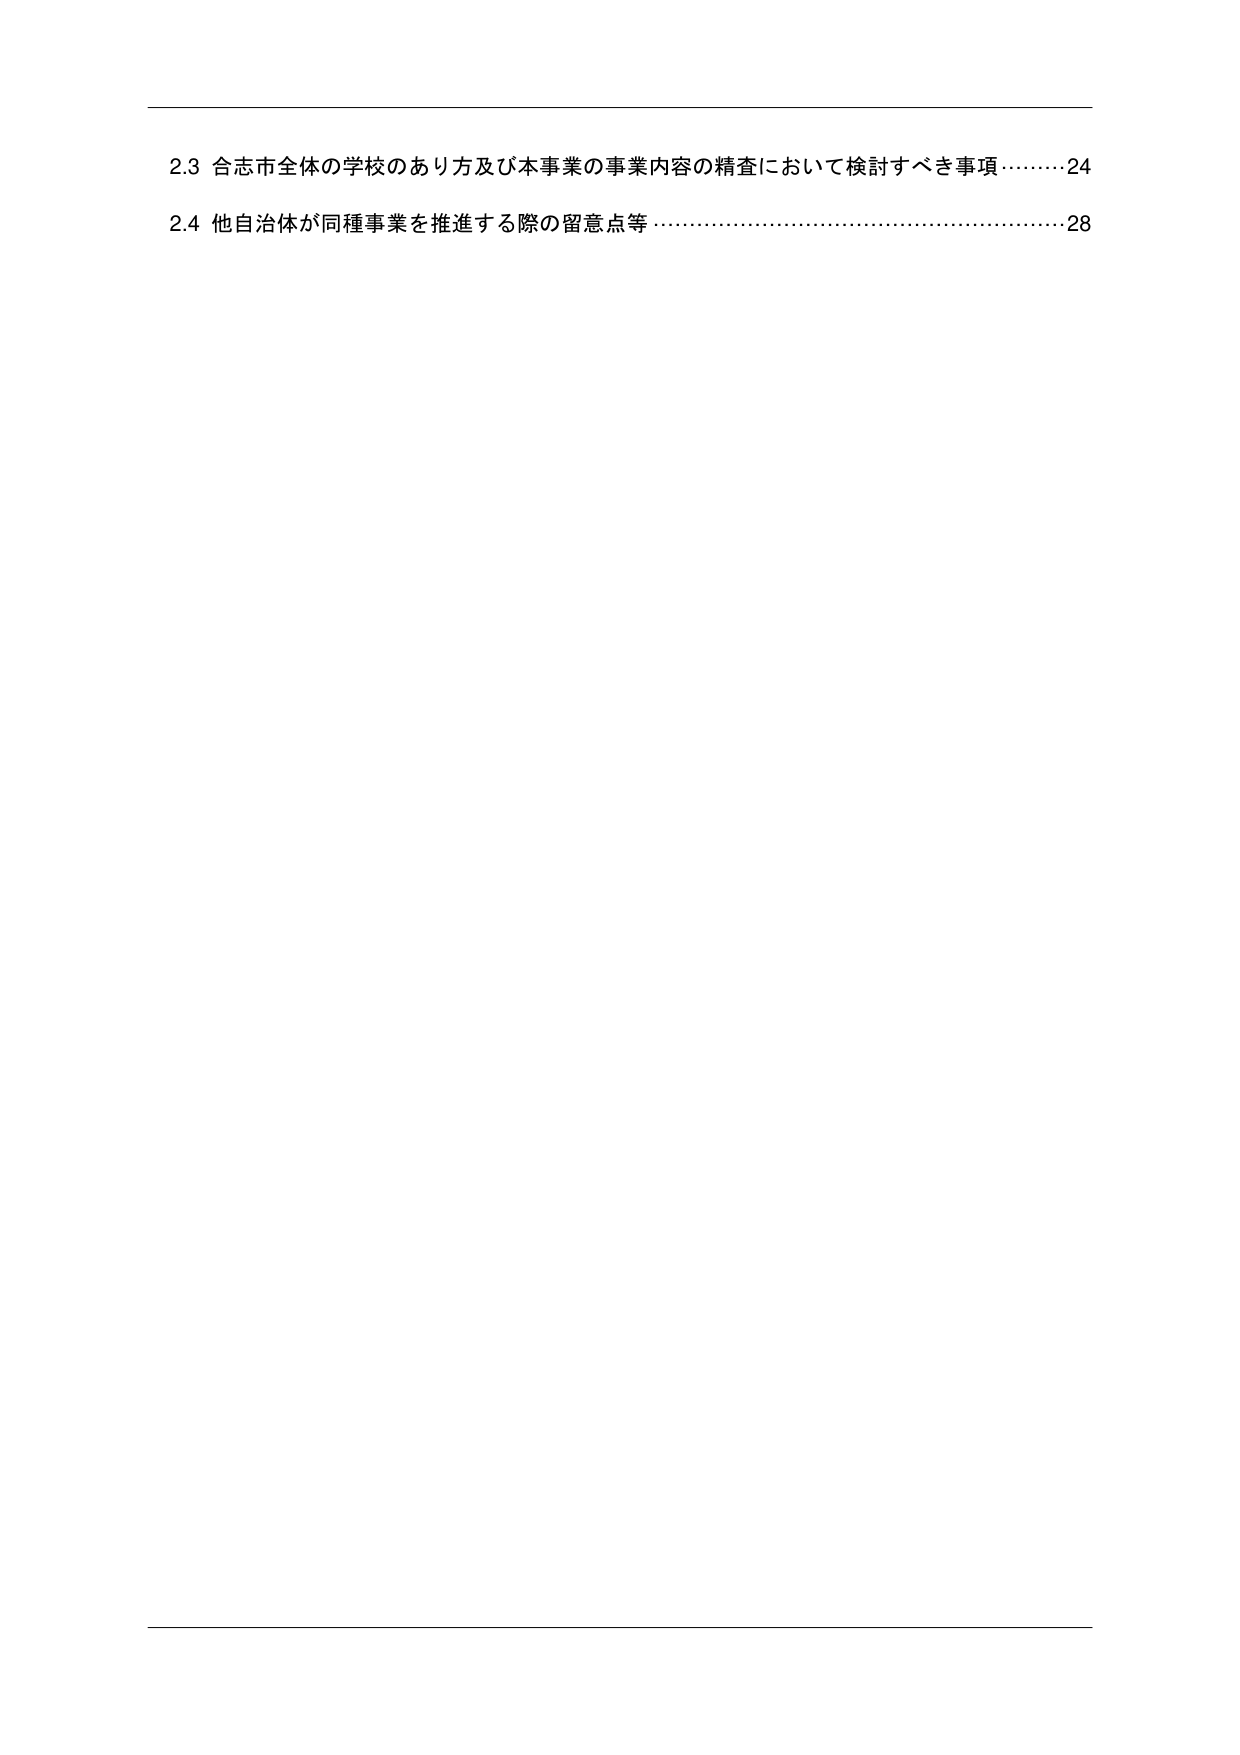
2.3 合志市全体の学校のあり方及び本事業の事業内容の精査において検討すべき事項………24
2.4 他自治体が同種事業を推進する際の留意点等 …………………………………………28